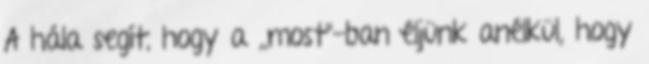
A hála segít, hogy a ,,most"-ban éljünk anélkül, hogy